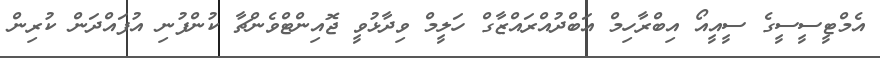
އެމްޓީސީސީގެ ސީއީއޯ އިބްރާހިމް އަބްދުއްރައްޒާގް ހަލީމް ވިދާޅުވީ ޖޮއިންޓްވެންޗާ ކުންފުނި އުފައްދަން ކުރިން